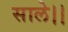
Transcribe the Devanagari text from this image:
साले।।